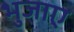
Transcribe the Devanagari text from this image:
भुजाए